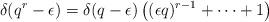
LaTeX: \begin{align*} \delta(q^{r}-\epsilon) = \delta(q-\epsilon)\left( (\epsilon q)^{r-1} + \cdots + 1 \right) \end{align*}